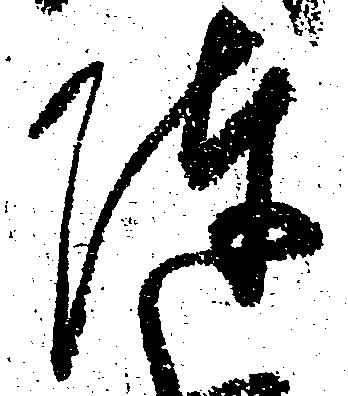
陣